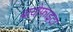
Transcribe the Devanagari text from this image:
बायोफाइटा